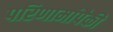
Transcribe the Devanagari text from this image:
परिणामांपैकी